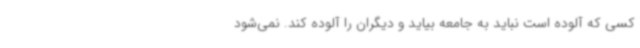
کسی که آلوده‌ است نباید به جامعه بیاید و دیگران را آلوده کند. نمی‌شود